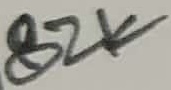
Text: 82K